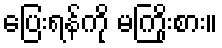
ပြေးရန်ကို မကြိုးစား။